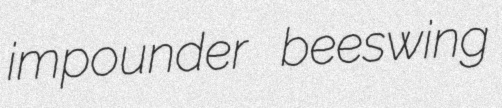
impounder beeswing